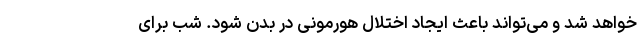
خواهد شد و می‌تواند باعث ایجاد اختلال هورمونی در بدن شود. شب برای